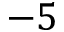
- 5